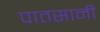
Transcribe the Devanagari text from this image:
पातसानी